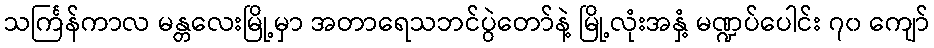
သင်္ကြန်ကာလ မန္တလေးမြို့မှာ အတာရေသဘင်ပွဲတော်နဲ့ မြို့လုံးအနှံ့ မဏ္ဍပ်ပေါင်း ၇၀ ကျော်